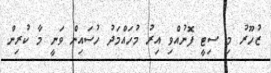
ޒުހޫރު މި ސިޓީ ފޮނުއްވި އިރު މުހައްމަދު ހުސައިން ވަނީ މާ ކުރިން